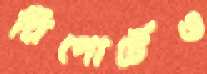
রিপোর্টেও